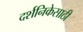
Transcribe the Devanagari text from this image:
दर्शनिकेसाठी